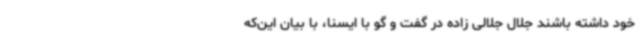
خود داشته باشند جلال جلالی زاده در گفت و گو با ایسنا، با بیان این‌که